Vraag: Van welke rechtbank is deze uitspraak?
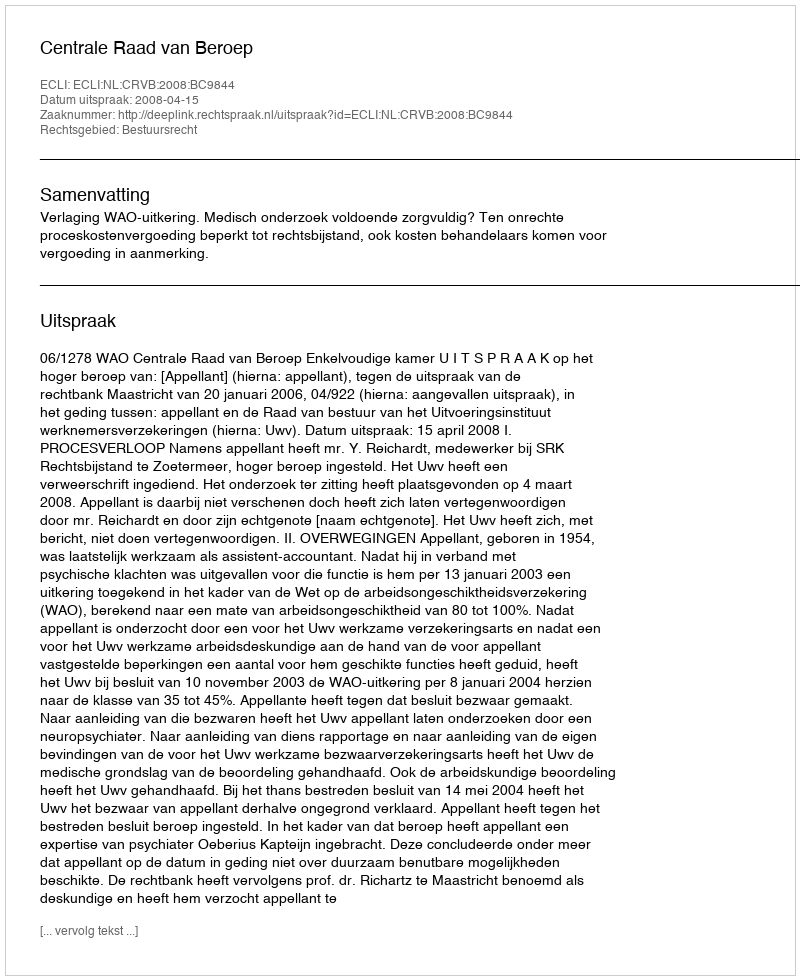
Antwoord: Centrale Raad van Beroep